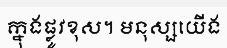
ក្នុងផ្លូវខុស។ មនុស្សយើង